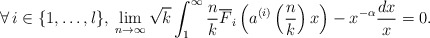
\begin{align*}\forall\,i\in \{1,\ldots,l\},\: \lim_{n\rightarrow\infty}\sqrt{k}\int_{1}^{\infty}\frac{n}{k}\overline{F}_{i}\left(a^{(i)}\left(\frac{n}{k}\right)x\right)-x^{-\alpha}\frac{dx}{x}=0.\end{align*}